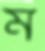
ম